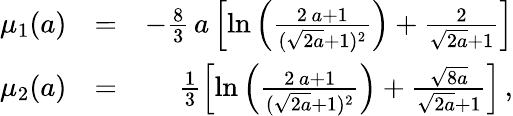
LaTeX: \begin{array}{rlr}{\mu_{1}(a)}&{=}&{-\frac{8}{3}\, a\left[\ln{\left(\frac{2\, a+1}{(\sqrt{2a}+1)^{2}}\right)}+\frac{2}{\sqrt{2a}+1}\right]}\\ {\mu_{2}(a)}&{=}&{\frac{1}{3}\left[\ln{\left(\frac{2\, a+1}{(\sqrt{2a}+1)^{2}}\right)}+\frac{\sqrt{8a}}{\sqrt{2a}+1}\right]\, ,}\end{array}